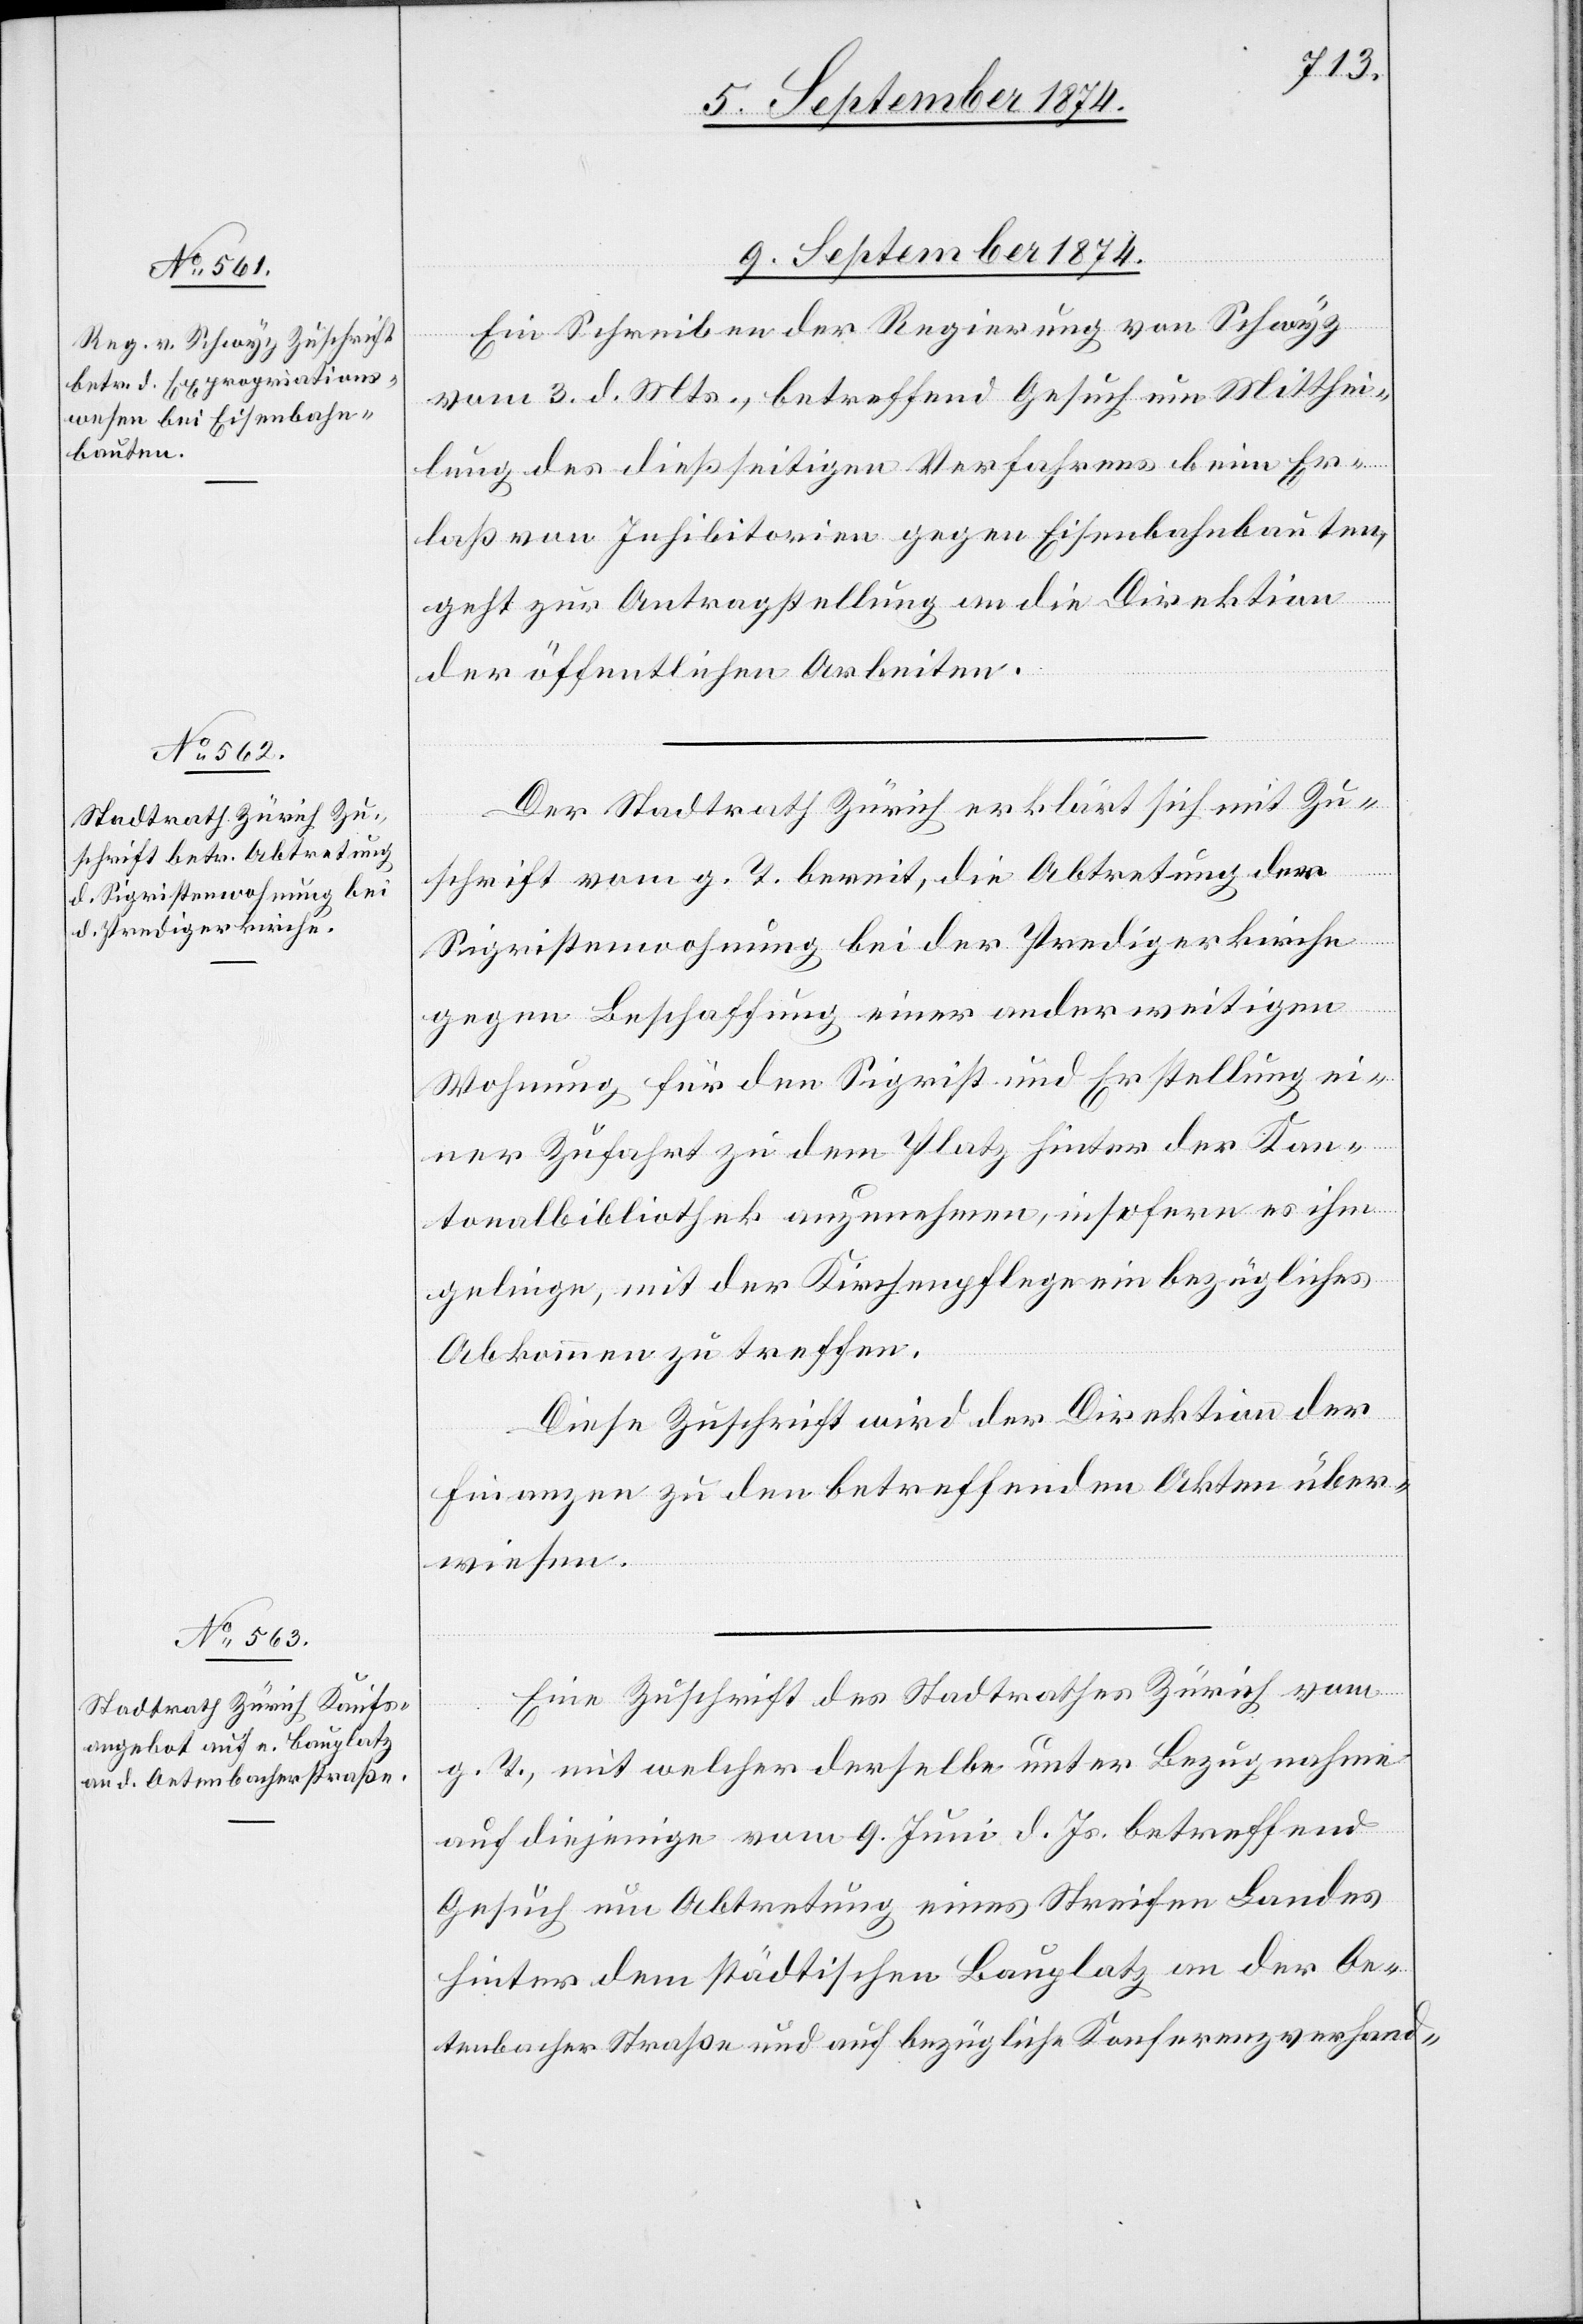
9. September 1874.]
Ein Schreiben der Regierung von Schwyz
vom 3. d. Mts., betreffend Gesuch um Mitthei¬
lung des dießseitigen Verfahrens beim Er¬
laß von Inhibitorien gegen Eisenbahnbauten,
geht zur Antragstellung an die Direktion
der öffentlichen Arbeiten.
Der Stadtrath Zürich erklärt sich mit Zu¬
schrift vom g. T. bereit, die Abtretung der
Sigristenwohnung bei der Predigerkirche
gegen Beschaffung einer anderweitigen
Wohnung für den Sigrist und Erstellung ei¬
ner Zufahrt zu dem Platz hinter der Kan¬
tonalbibliothek anzunehmen, insofern es ihm
gelinge, mit der Kirchenpflege ein bezügliches
Abkommen zu treffen.
Diese Zuschrift wird der Direktion der
Finanzen zu den betreffenden Akten über¬
wiesen.
Eine Zuschrift des Stadtrathes Zürich vom
g. T., mit welcher derselbe unter Bezugnahme
auf diejenige vom 9. Juni d. Js. betreffend
Gesuch um Abtretung eines Streifen Landes
hinter dem städtischen Bauplatz an der Oe¬
tenbacher Straße und auf bezügliche Konferenzverhand-